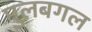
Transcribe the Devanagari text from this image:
मुलबगल